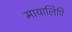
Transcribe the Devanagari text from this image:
मायालिपि